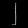
Digit: ၂